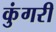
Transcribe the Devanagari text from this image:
कुंगरी